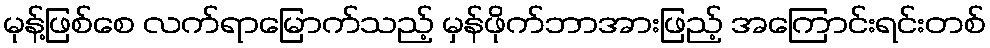
မုန့်ဖြစ်စေ လက်ရာမြောက်သည့် မှန်ဖိုက်ဘာအားဖြည့် အကြောင်းရင်းတစ်